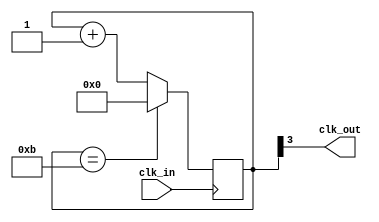
module divM(input wire clk_in, output wire clk_out);

//-- Valor por defecto del divisor
//-- Como en la iCEstick el reloj es de 12MHz, ponermos un valor de 12M
//-- para obtener una frecuencia de salida de 1Hz
parameter M = 12;

//-- Numero de bits para almacenar el divisor
//-- Se calculan con la funcion de verilog $clog2, que nos devuelve el
//-- numero de bits necesarios para representar el numero M
//-- Es un parametro local, que no se puede modificar al instanciar
localparam N = $clog2(M);

//-- Registro para implementar el contador modulo M
reg [N-1:0] divcounter = 0;

//-- Contador mdulo M
always @(posedge clk_in)
  if (divcounter == M - 1)
    divcounter <= 0;
  else
    divcounter <= divcounter + 1;

//-- Sacar el bit mas significativo por clk_out
assign clk_out = divcounter[N-1];

endmodule